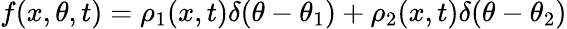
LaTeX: f(x,\theta,t)=\rho_{1}(x,t)\delta(\theta-\theta_{1})+\rho_{2}(x,t)\delta(\theta-\theta_{2})